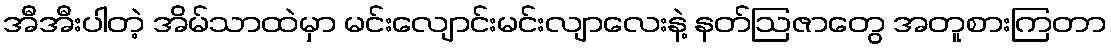
အီအီးပါတဲ့ အိမ်သာထဲမှာ မင်းလျောင်းမင်းလျာလေးနဲ့ နတ်ဩဇာတွေ အတူစားကြတာ